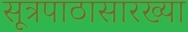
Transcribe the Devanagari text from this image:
सूत्रपाठासारख्या